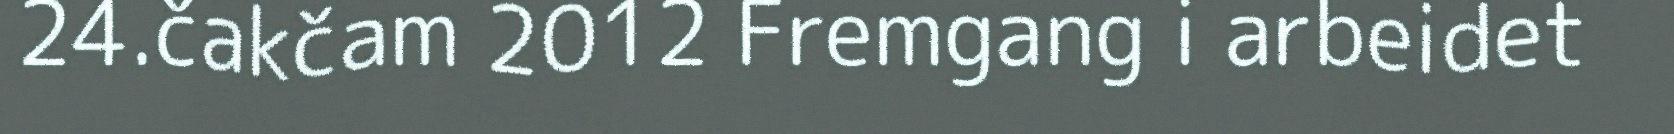
24.čakčam 2012 Fremgang i arbeidet